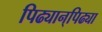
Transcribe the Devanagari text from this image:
पिढ्यान्‌पिढ्या